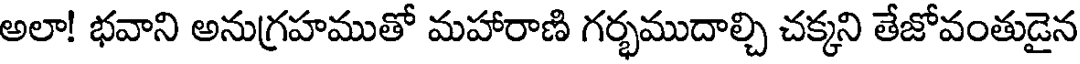
అలా! భవాని అనుగ్రహముతో మహారాణి గర్భముదాల్చి చక్కని తేజోవంతుడైన